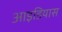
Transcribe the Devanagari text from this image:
आइडियास